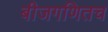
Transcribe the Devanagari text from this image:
बीजगणितच